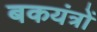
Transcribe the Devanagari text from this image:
बकयंत्रों